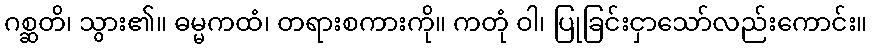
ဂစ္ဆတိ၊ သွား၏။ ဓမ္မကထံ၊ တရားစကားကို။ ကတုံ ဝါ၊ ပြုခြင်းငှာသော်လည်းကောင်း။